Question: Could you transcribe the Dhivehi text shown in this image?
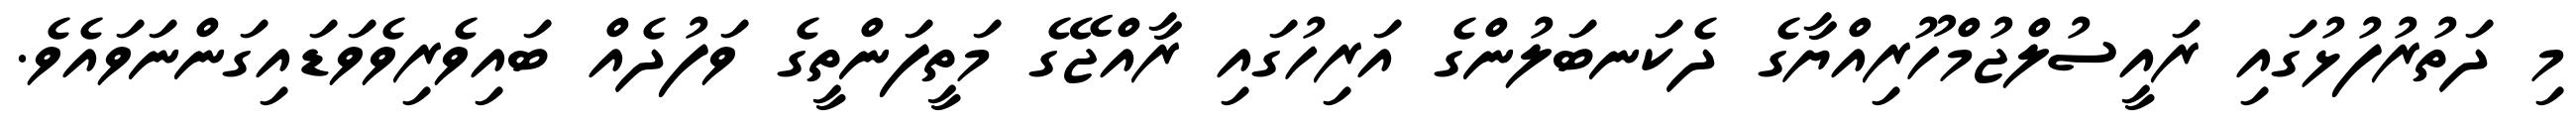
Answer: މި ދަތުރުފުޅުގައި ރައީސުލްޖުމްހޫރިއްޔާގެ ދެކަނބަލުންގެ އަރިހުގައި ރާއްޖޭގެ މަތީފަންތީގެ ވަފުދެއް ބައިވެރިވެވަޑައިގަންނަވައެވެ.